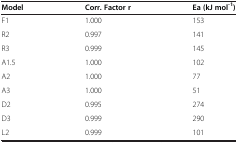
<table><thead><tr><td><b>Model</b></td><td><b>Corr. Factor r</b></td><td><b>Ea (kJ mol<sup>-1</sup>)</b></td></tr></thead><tbody><tr><td>F1</td><td>1.000</td><td>153</td></tr><tr><td>R2</td><td>0.997</td><td>141</td></tr><tr><td>R3</td><td>0.999</td><td>145</td></tr><tr><td>A1.5</td><td>1.000</td><td>102</td></tr><tr><td>A2</td><td>1.000</td><td>77</td></tr><tr><td>A3</td><td>1.000</td><td>51</td></tr><tr><td>D2</td><td>0.995</td><td>274</td></tr><tr><td>D3</td><td>0.999</td><td>290</td></tr><tr><td>L2</td><td>0.999</td><td>101</td></tr></tbody></table>